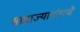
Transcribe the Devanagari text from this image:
साम्राज्यानंतरचे